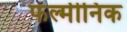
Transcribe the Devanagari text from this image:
फल्मीनिक